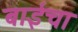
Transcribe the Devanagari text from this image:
बाईचा